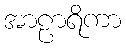
အာဠာရိကာ